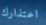
اعتذارك